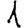
Digit: 1